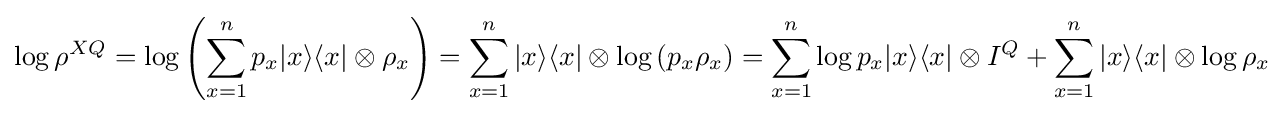
\log \rho ^{XQ}=\log \left(\sum _{x=1}^{n}p_{x}|x\rangle \langle x|\otimes \rho _{x}\right)=\sum _{x=1}^{n}|x\rangle \langle x|\otimes \log \left(p_{x}\rho _{x}\right)=\sum _{x=1}^{n}\log p_{x}|x\rangle \langle x|\otimes I^{Q}+\sum _{x=1}^{n}|x\rangle \langle x|\otimes \log \rho _{x}